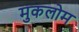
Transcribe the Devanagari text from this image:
मुकलोम